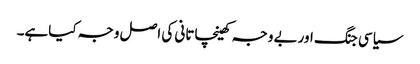
سیاسی جنگ اوربے وجہ کھینچاتانی کی اصل وجہ کیاہے۔